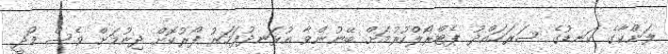
ލަންކާގެ ކަނޑުގެ ސަރަހައްދު ޕެޓްރޯލްކުރުމަށް ބޭނުންވާ އުޅަނދުފަހަރު ފޯރުކޮށް ދިނުމަށް ވެސް މޯދީ